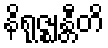
နိရုဇ္ဈန္တီတိ